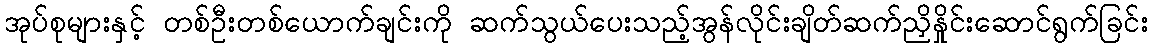
အုပ်စုများနှင့် တစ်ဦးတစ်ယောက်ချင်းကို ဆက်သွယ်ပေးသည့်အွန်လိုင်းချိတ်ဆက်ညှိနှိုင်းဆောင်ရွက်ခြင်း